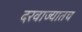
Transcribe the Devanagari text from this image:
दरवाज्यातच